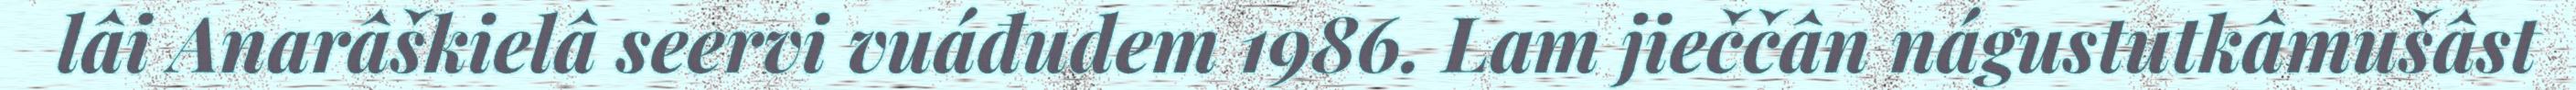
lâi Anarâškielâ seervi vuáđudem 1986. Lam jieččân nágustutkâmušâst